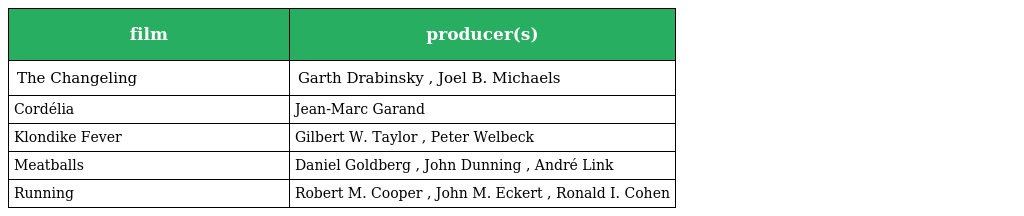
| film | producer(s) |
 | --- | --- |
 | The Changeling | Garth Drabinsky , Joel B. Michaels |
 | Cordélia | Jean-Marc Garand |
 | Klondike Fever | Gilbert W. Taylor , Peter Welbeck |
 | Meatballs | Daniel Goldberg , John Dunning , André Link |
 | Running | Robert M. Cooper , John M. Eckert , Ronald I. Cohen |